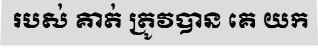
របស់ គាត់ ត្រូវបាន គេ យក